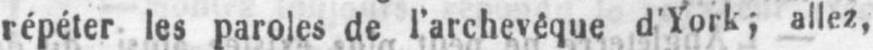
répéter les paroles de l’archevêque d’York; allez,